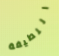
اللطيفة